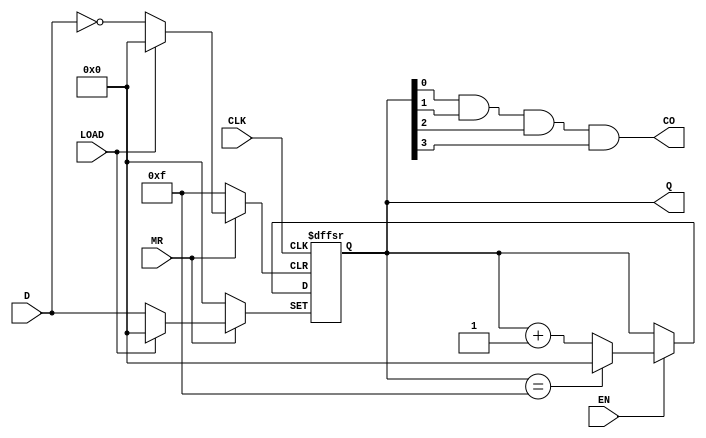
`timescale 1ns / 1ps
//////////////////////////////////////////////////////////////////////////////////
// Company: 
// Engineer: 
// 
// Design Name:     
// Module Name:     eleven 
// Project Name:    
// Target Devices: 
// Tool versions: 
// Description: 
//
// Dependencies: 
//
// Revision: 
// Revision 0.01 - File Created
// Additional Comments: 
//
//////////////////////////////////////////////////////////////////////////////////
module eleven(MR,LOAD,EN,CLK,D,Q,CO);
input MR,LOAD,CLK,EN;
input [3:0] D;
output reg [3:0] Q;
output CO;
always @ ( posedge CLK or negedge MR or negedge LOAD)  
		begin
			if(~MR)	Q<=4'b0;
			else if (~LOAD) Q<=D;
			else if (EN)
				begin
					if(Q==4'b1111)		Q<=4'b0;				
					else 	Q<=Q+1'b1;
				end
		end
assign CO=Q[0]&Q[1]&Q[2]&Q[3];
endmodule